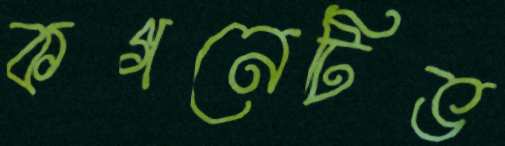
কগনেটিভ